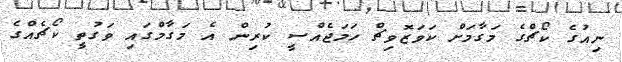
ނިއުގެ ކޯޗްގެ މަގާމަށް ކަވަޒޮވިޗް ހަމަޖެއްސީ ކުރިން އެ މަގާމްގައި ވަގުތީ ކޯޗެއްގެ